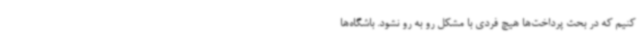
کنیم که در بحث پرداخت‌ها هیچ فردی با مشکل رو به رو نشود. باشگاه‌ها